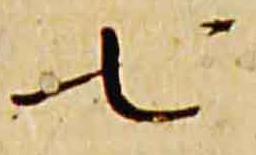
七